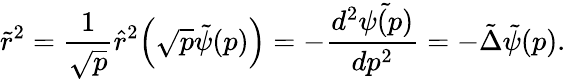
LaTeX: \tilde{r}^{2}=\frac{1}{\sqrt{p}}\hat{r}^{2}\Bigl(\sqrt{p}\tilde{\psi}(p)\Bigr)=-\frac{d^{2}\tilde{\psi(p)}}{dp^{2}}=-\tilde{\Delta}\tilde{\psi}(p).